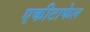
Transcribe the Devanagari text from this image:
एकीटाफेल